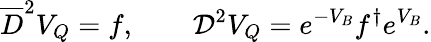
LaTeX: \overline{{D}}^{2}V_{Q}=f,\qquad{\cal D}^{2}V_{Q}=e^{-V_{B}}f^{\dagger}e^{V_{B}}.